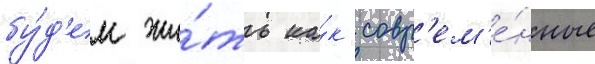
бу́д'ем жи́ть ка́к совр'ем'е́нные